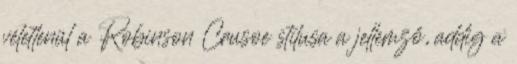
véletlenül a Robinson Crusoe stílusa a jellemző, addig a